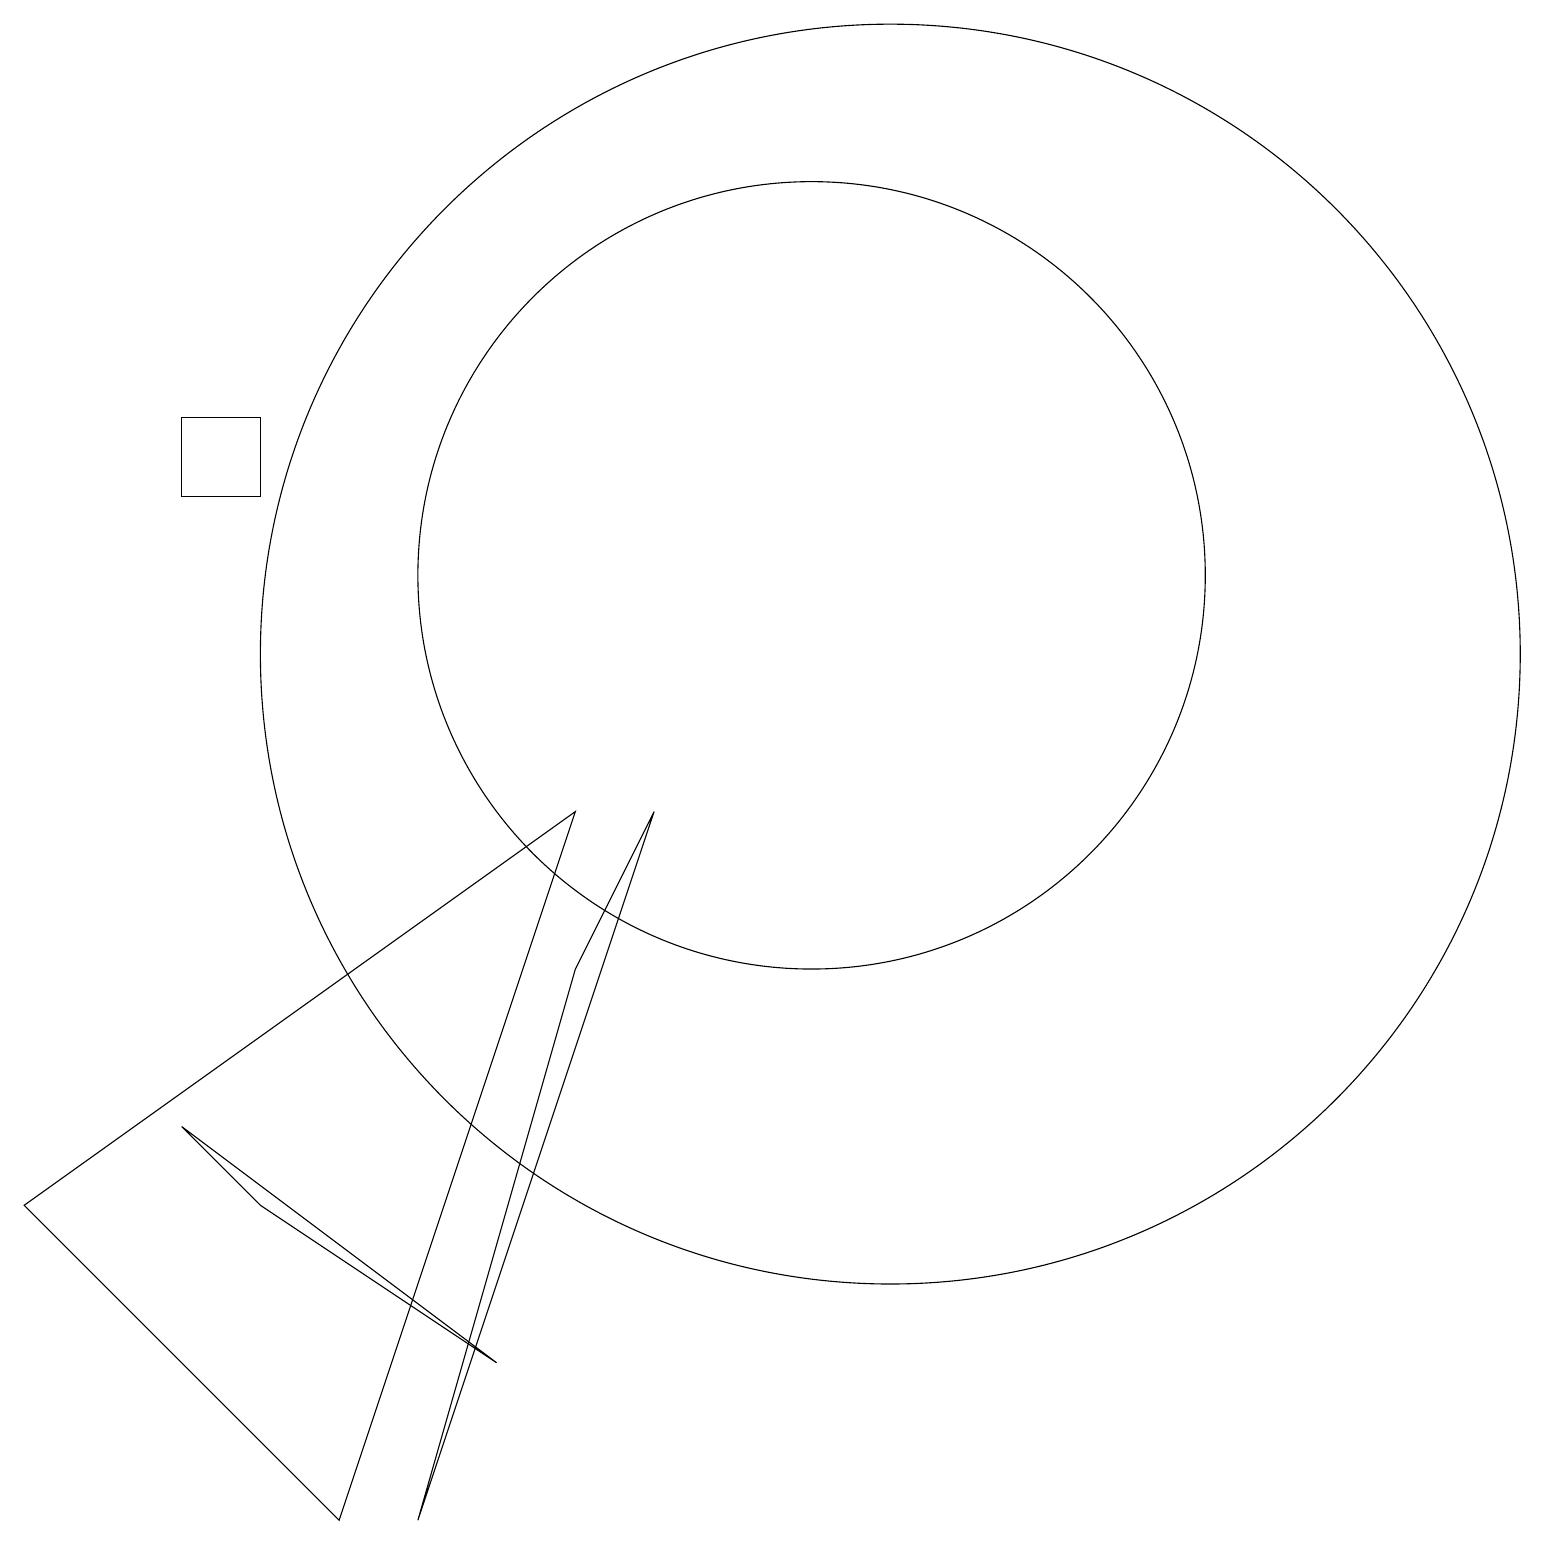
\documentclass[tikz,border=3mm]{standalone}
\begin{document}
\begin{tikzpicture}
\draw (3,14) rectangle (2,13);
\draw (10,12) circle (5);
\draw (11,11) circle (8);
\draw (3,4) -- (2,5) -- (6,2) -- cycle;
\draw (0,4) -- (7,9) -- (4,0) -- cycle;
\draw (7,7) -- (5,0) -- (8,9) -- cycle;
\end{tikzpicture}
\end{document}